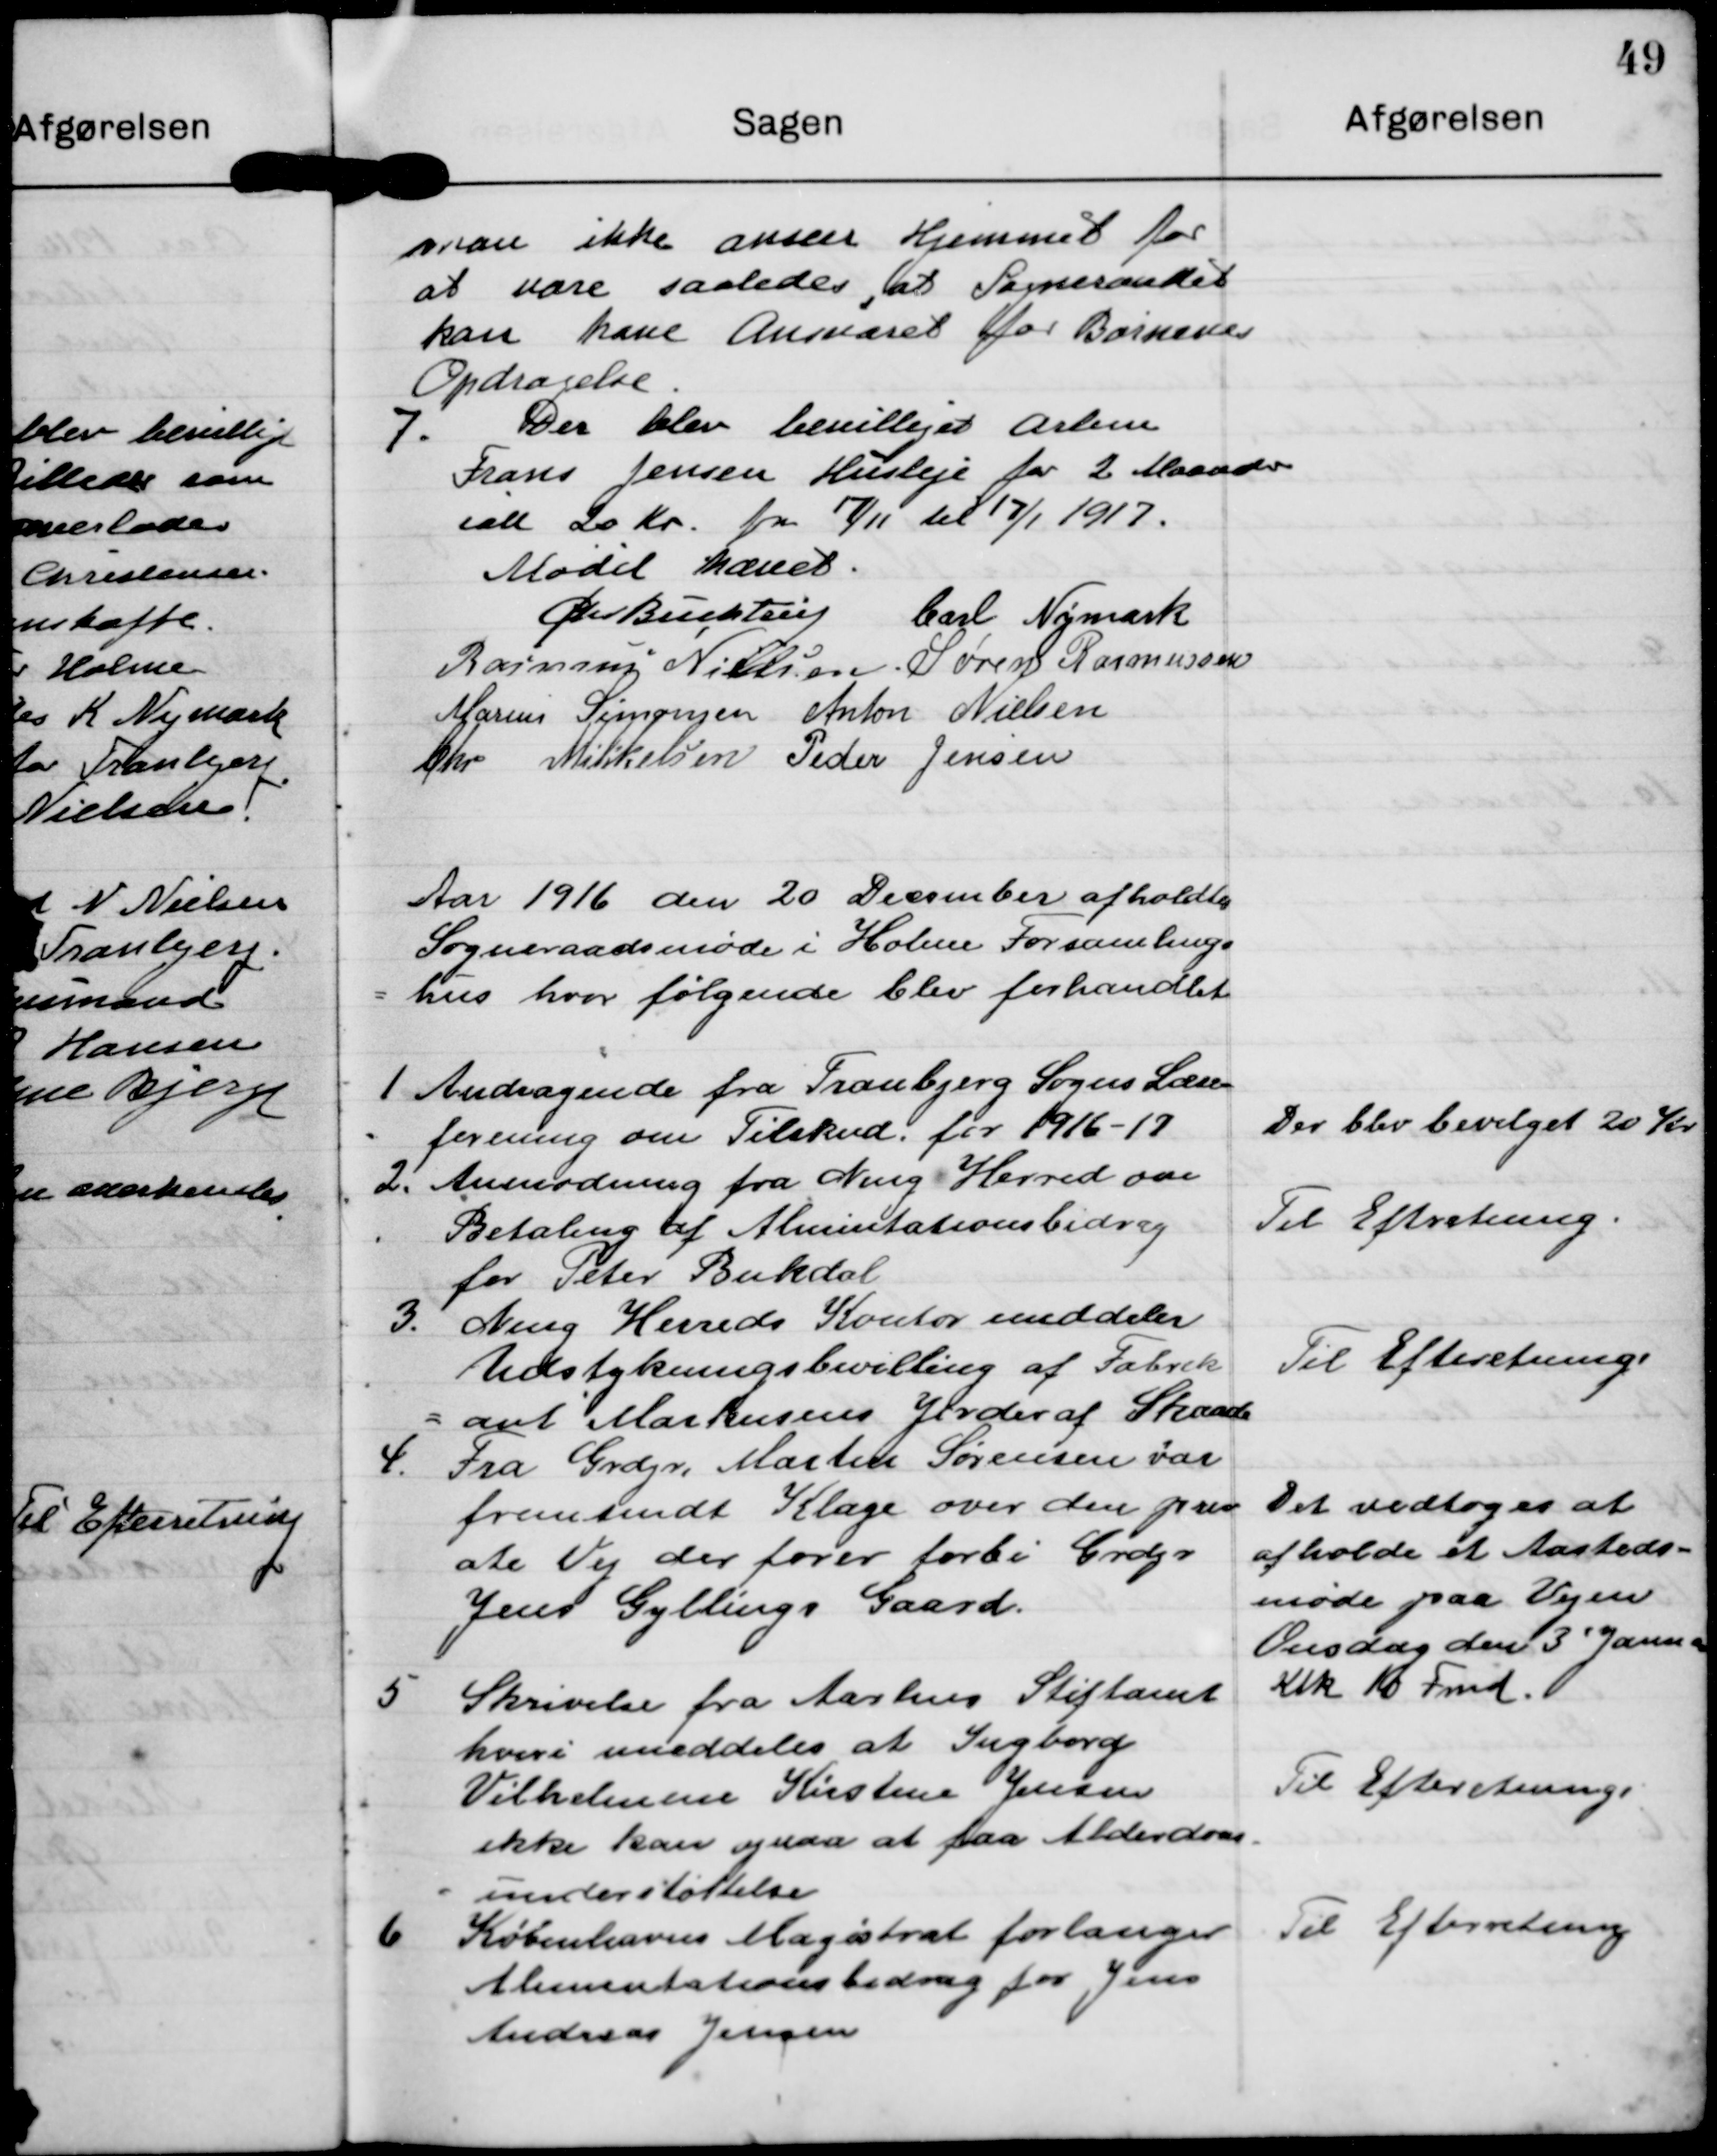
Transskription:
man ikke anser Hjemmet for
at vare saaledes til Sogneraadet
kan hane Ansaaret or Børnedas
Opdragelse

g Der blev bevilliges arbm
Frans Jensen Husleje for 2 Maand
ialt 20 Kr. fra 7/11 til 17/1 1917.

Mødet hævet.

barl Nimark

Øe Bektin

Rasmus Nielsen

S ørens Rasmussen

Mgrens Terensen

Anton Nielsen

Chr Mikkelsen

Peder Jensen

Aar 1916 den 20 December afholdtes
Sogneraadsmøde i Holme Forsamlings
hus hvor følgende blev forhandlet

1 Andragende fra Tranbjerg Sogns Læse
forening om Tilskud for 1916-17

Der blev bevilget 20 Kr

2' Anmodning fra Ning Herred om
Betaling af Alimintationsbidrag
for Peter Bukdal

Til Eftrrtning.

3. Ning Herreds Kontor eddeler
Udstykningsbevilling af Fabrik
=ant Morknsens Grder af Skaade

Til Efterretning

4. Fra Grdjr. Martin Sørensen var
fremsendt Klage over den prav
ate Vej der fører forbi Grdgv
Jens Gyllings Gaard.

Det vedtoges at
afholde et Aasteds-
møde paa Vejen
Onsdag den3 Januar
Ktk 18 Fmd.

5 Skrivelse fra Aarhus Stiftamt
hveri umeddeles at Ingborg
Vilhelmine Kirstine Jensen
ikke kan ognar at faa Alderdom
understøttelse

Til Efteretning

6 Københavns Magistrat forlanger
Alimentationsbidrag for Jens
Andreas Jensen

Til Efterretning